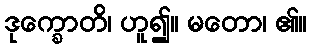
ဒုက္ခောတိ၊ ဟူ၍။ မတော၊ ၏။